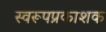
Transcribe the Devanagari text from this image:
स्वरूपप्रकाशक